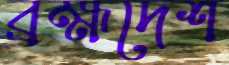
ব্রহ্মদেশ